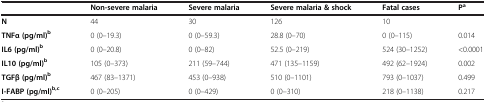
<table><thead><tr><td><b> </b></td><td><b>Non-severe malaria</b></td><td><b>Severe malaria</b></td><td><b>Severe malaria &amp; shock</b></td><td><b>Fatal cases</b></td><td><b>P<sup>a</sup></b></td></tr></thead><tbody><tr><td><b>N</b></td><td>44</td><td>30</td><td>126</td><td>10</td><td> </td></tr><tr><td><b>TNFα (pg/ml)</b><sup><b>b</b></sup></td><td>0 (0–19.3)</td><td>0 (0–59.3)</td><td>28.8 (0–70)</td><td>0 (0–115)</td><td>0.014</td></tr><tr><td><b>IL6 (pg/ml)</b><sup><b>b</b></sup></td><td>0 (0–20.8)</td><td>0 (0–82)</td><td>52.5 (0–219)</td><td>524 (30–1252)</td><td>&lt;0.0001</td></tr><tr><td><b>IL10 (pg/ml)</b><sup><b>b</b></sup></td><td>105 (0–373)</td><td>211 (59–744)</td><td>471 (135–1159)</td><td>492 (62–1924)</td><td>0.002</td></tr><tr><td><b>TGFβ (pg/ml)</b><sup><b>b</b></sup></td><td>467 (83–1371)</td><td>453 (0–938)</td><td>510 (0–1101)</td><td>793 (0–1037)</td><td>0.499</td></tr><tr><td><b>I-FABP (pg/ml)</b><sup><b>b,c</b></sup></td><td>0 (0–205)</td><td>0 (0–429)</td><td>0 (0–310)</td><td>218 (0–1138)</td><td>0.217</td></tr></tbody></table>